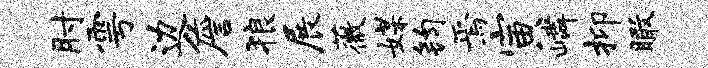
肘雩边詹狼展薇媒钧焉寅嶙抑瞰